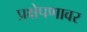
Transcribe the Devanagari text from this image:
प्रक्षेपणावर